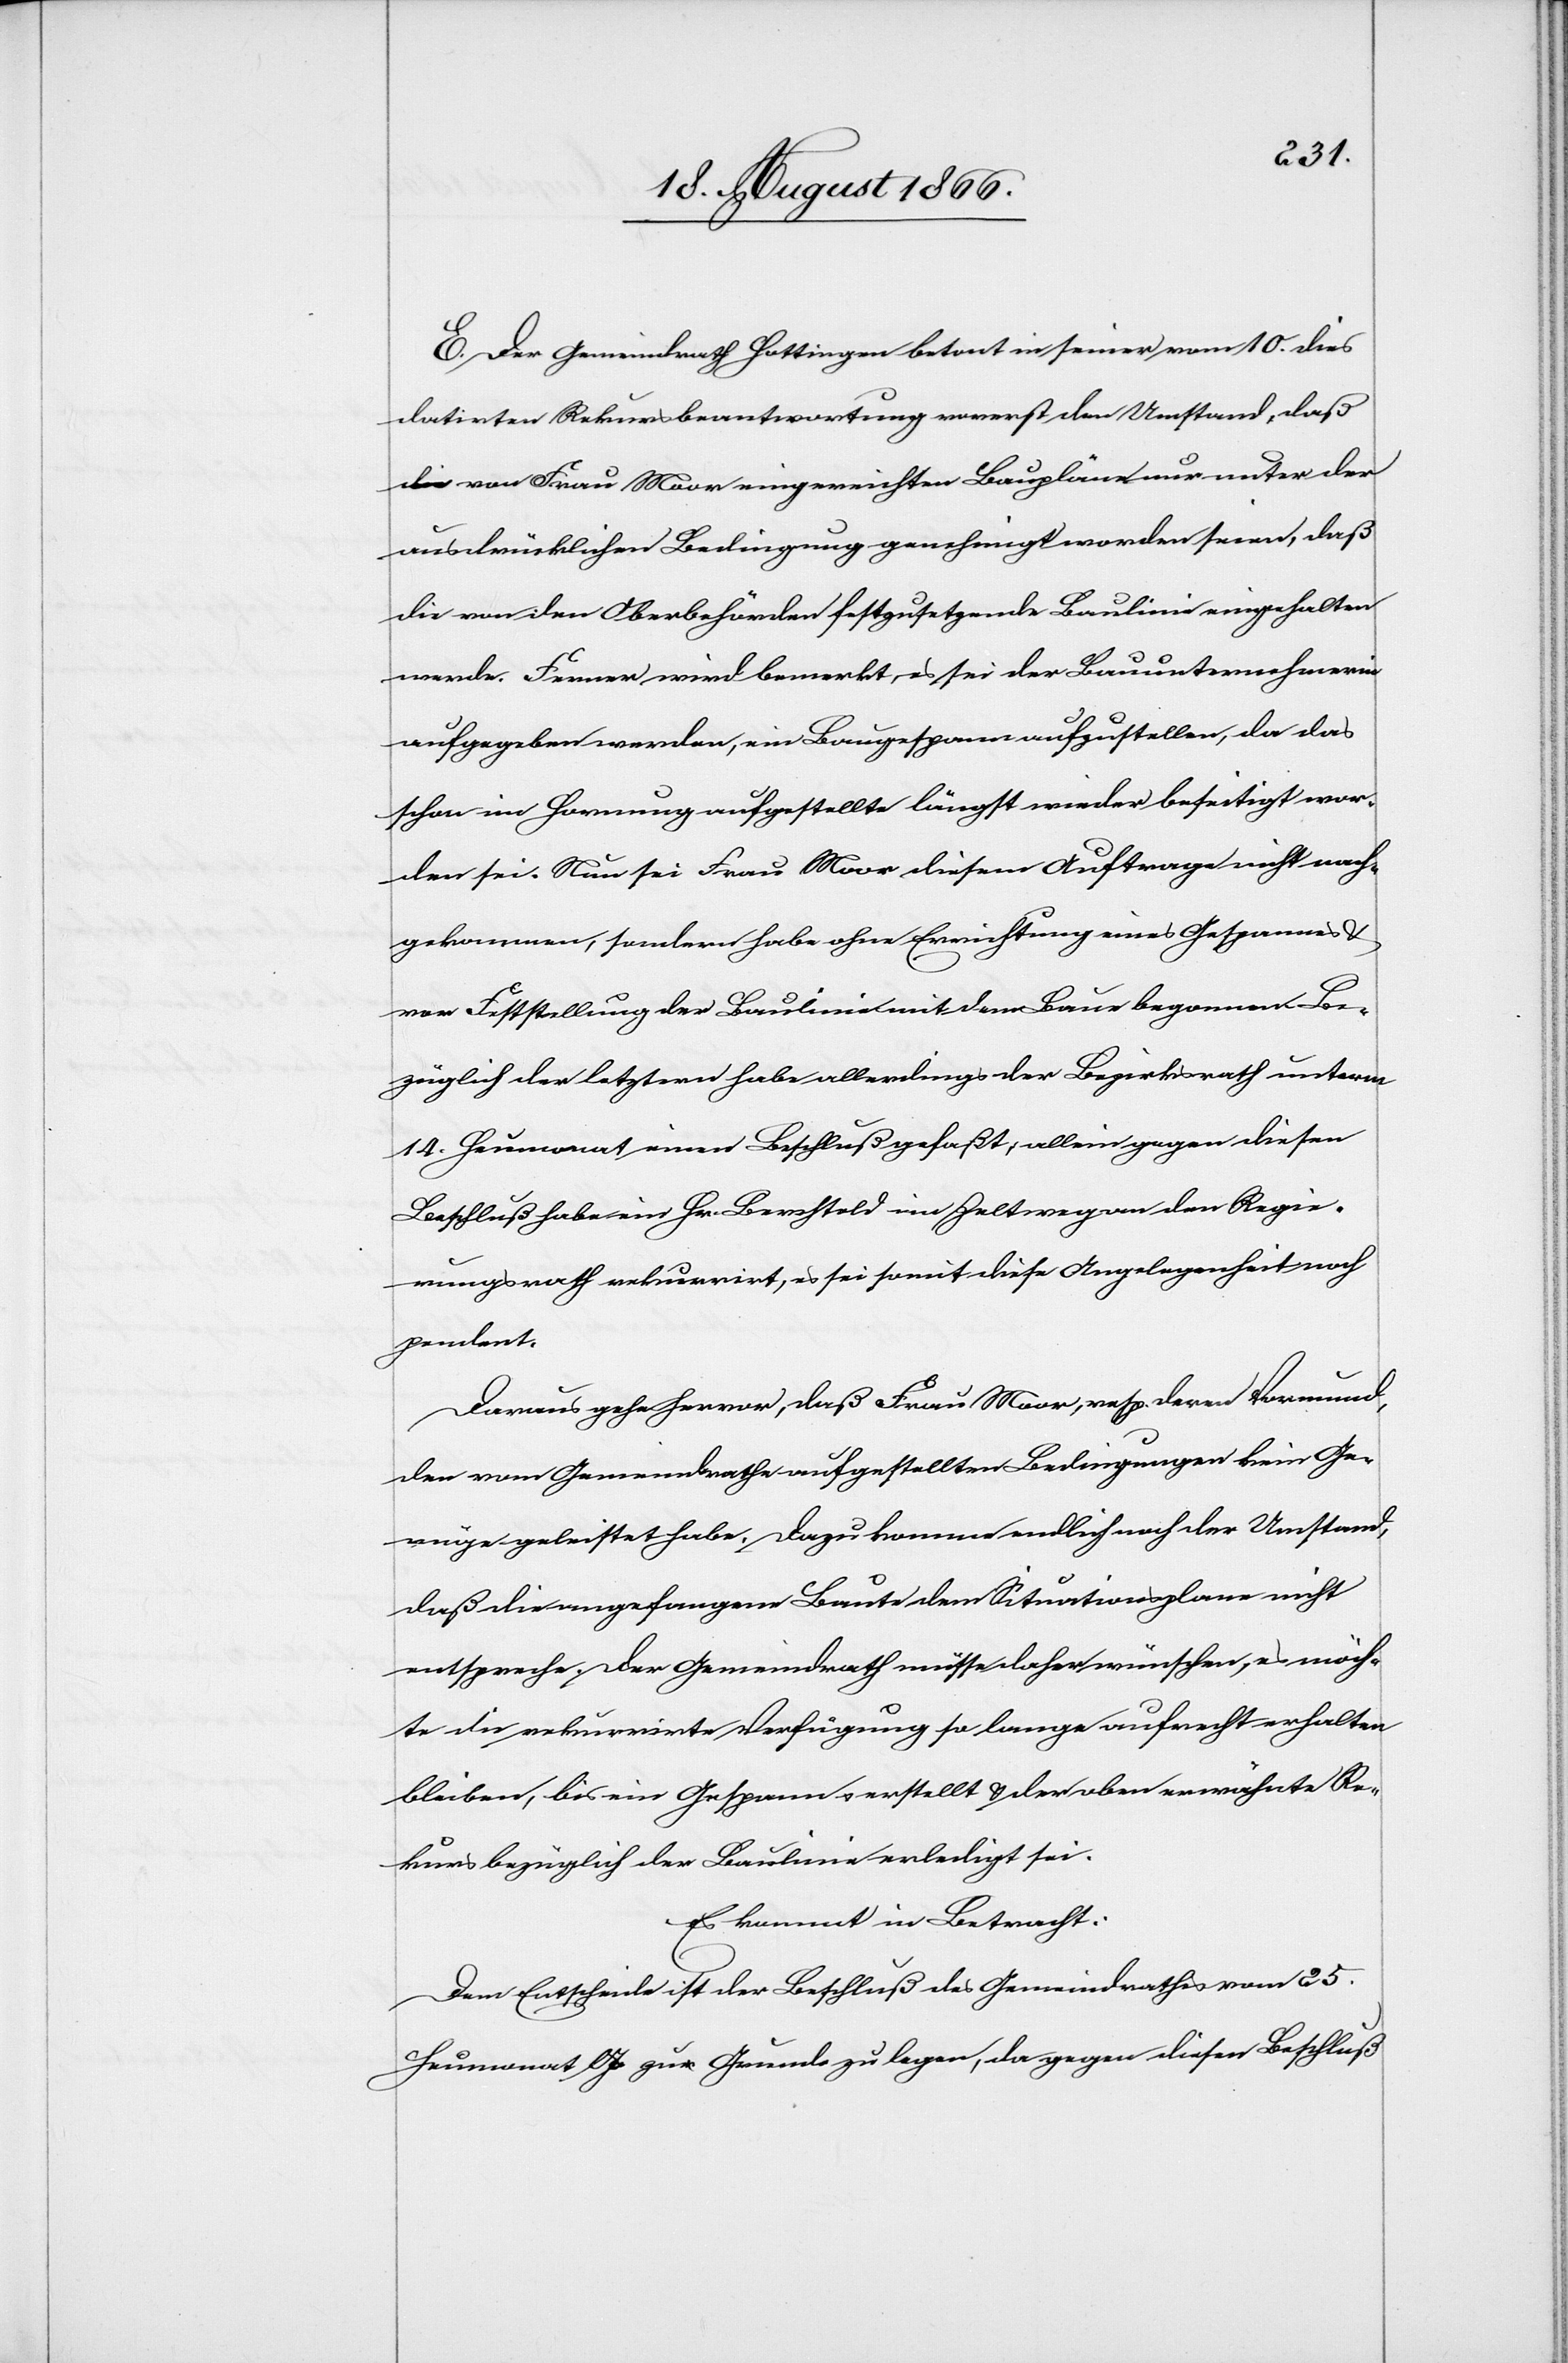
E. Der Gemeindrath Hottingen betont in seiner vom 10. dies
datirten Rekursbeantwortung vorerst den Umstand, daß
die von Frau Moor eingereichten Baupläne nur unter der
ausdrücklichen Bedingung genehmigt worden seien, daß
die von den Oberbehörden festzusetzende Baulinie eingehalten
werde. Ferner wird bemerkt, es sei der Bauunternehmerin
aufgegeben worden, ein Baugespann aufzustellen, da das
schon im Hornweg aufgestellte längst wieder beseitigt wor¬
den sei. Nun sei Frau Moor diesem Auftrage nicht nach¬
gekommen, sondern habe ohne Errichtung eines Gespannes
vor Feststellung der Baulinie mit dem Baue begonnen. Be¬
züglich der letztern habe allerdings der Bezirksrath unterm
14. Heumonat einen Beschluß gefaßt, allein gegen diesen
Beschluß habe ein Hr. Berchtold im Zeltweg an den Regie¬
rungsrath rekurrirt, es sei somit diese Angelegenheit noch
pendent.
Daraus gehe hervor, daß Frau Moor, resp. deren Vormund,
den vom Gemeindrathe aufgestellten Bedingungen kein Ge¬
nüge geleistet habe. Dazu komme endlich noch der Umstand,
daß die angefangene Baute dem Situationsplane nicht
entspreche. Der Gemeindrath müsse daher wünschen, es möch¬
te die rekurrirte Verfügung so lange aufrecht erhalten
bleiben, bis ein Gespann erstellt u. der oben erwähnte Re¬
kurs bezüglich der Baulinie erledigt sei.
Es kommt in Betracht:
Dem Entscheide ist der Beschluß des Gemeindrathes vom 25.
Heumonat lJs zu Grunde zu legen, da gegen diesen Beschluß